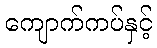
ကျောက်ကပ်နှင့်